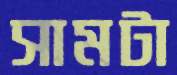
সামটা